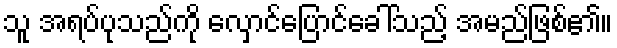
သူ အရပ်ပုသည်ကို လှောင်ပြောင်ခေါ်သည့် အမည်ဖြစ်၏။